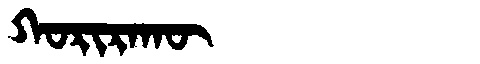
Manchu: ᡴᠣᡵᡳᡵᠠᡴᡡ
Romanization: KORIRAKŪ